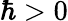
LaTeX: \hbar>0